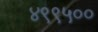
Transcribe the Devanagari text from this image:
४९९५००